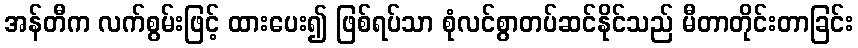
အန်တီက လက်စွမ်းဖြင့် ထားပေး၍ ဖြစ်ရပ်သာ စုံလင်စွာတပ်ဆင်နိုင်သည် မီတာတိုင်းတာခြင်း